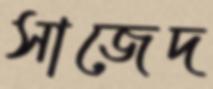
সাজেদ